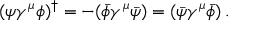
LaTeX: ( \psi \gamma ^ { \mu } \phi ) ^ { \dagger } = - ( \bar { \phi } \gamma ^ { \mu } \bar { \psi } ) = ( \bar { \psi } \gamma ^ { \mu } \bar { \phi } ) \, .